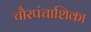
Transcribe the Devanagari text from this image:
चौरपंचाशिका